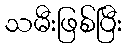
သမီးဖြစ်ပြီး